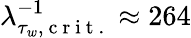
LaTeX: \lambda_{\tau_{w},\mathrm{~c~r~i~t~.~}}^{-1}\approx 264